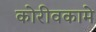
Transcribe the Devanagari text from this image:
कोरीवकामे